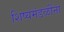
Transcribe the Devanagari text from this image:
शिष्यमंडळींना